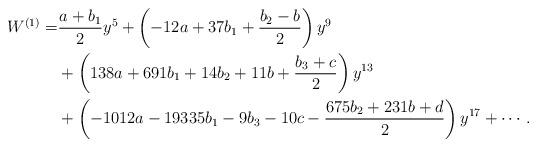
LaTeX: \begin{align*}W^{(1)}=&\frac{a +b_1}{2} y^5+\left(- 12 a + 37 b_1 + \frac{b_2 - b}{2}\right)y^9\\&+\left(138 a + 691 b_1 + 14 b_2+ 11 b + \frac{b_3 +c}{2}\right)y^{13}\\&+\left(- 1012 a - 19335 b_1 - 9 b_3 - 10 c - \frac{675 b_2 + 231 b + d}{2}\right)y^{17}+ \cdots.\end{align*}